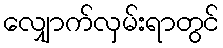
လျှောက်လှမ်းရာတွင်